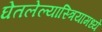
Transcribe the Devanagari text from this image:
घेतलेल्यास्त्रियामध्ये